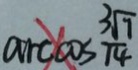
a n c \cos \frac { 3 \sqrt { 7 } } { 1 4 }